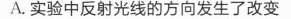
A.实验中反射光线的方向发生了改变